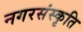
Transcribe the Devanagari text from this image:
नगरसंस्कृति